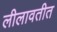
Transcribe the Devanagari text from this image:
लीलावतीत